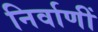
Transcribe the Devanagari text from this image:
निर्वाणीं